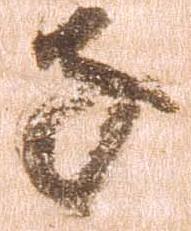
子